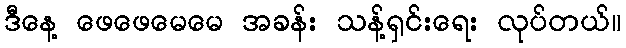
ဒီနေ့ ဖေဖေမေမေ အခန်း သန့်ရှင်းရေး လုပ်တယ်။